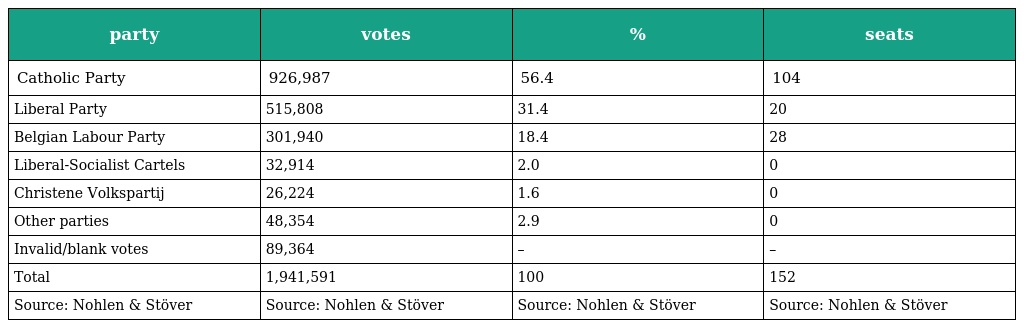
| party | votes | % | seats |
 | --- | --- | --- | --- |
 | Catholic Party | 926,987 | 56.4 | 104 |
 | Liberal Party | 515,808 | 31.4 | 20 |
 | Belgian Labour Party | 301,940 | 18.4 | 28 |
 | Liberal-Socialist Cartels | 32,914 | 2.0 | 0 |
 | Christene Volkspartij | 26,224 | 1.6 | 0 |
 | Other parties | 48,354 | 2.9 | 0 |
 | Invalid/blank votes | 89,364 | – | – |
 | Total | 1,941,591 | 100 | 152 |
 | Source: Nohlen & Stöver | Source: Nohlen & Stöver | Source: Nohlen & Stöver | Source: Nohlen & Stöver |